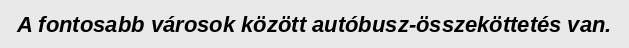
A fontosabb városok között autóbusz-összeköttetés van.